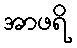
အာဖရိ